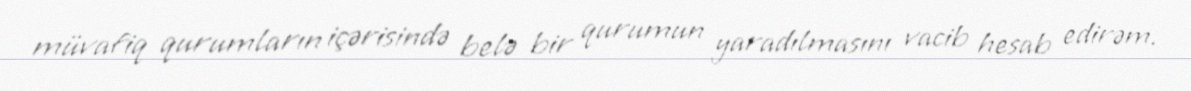
müvafiq qurumların içərisində belə bir qurumun yaradılmasını vacib hesab edirəm.